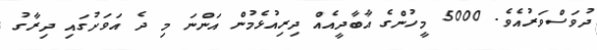
ދުވަސްވަރުއެވެ. 5000 މީހުންގެ އާބާދީއެއް ދިރިއުޅެމުން އަންނަ މި ދެ އަވަށުގައި ދިރާގު